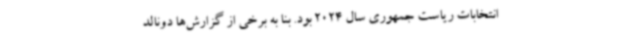
انتخابات ریاست جمهوری سال 2024 بود. بنا به برخی از گزارش‌ها دونالد